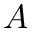
A